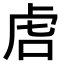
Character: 𫊝